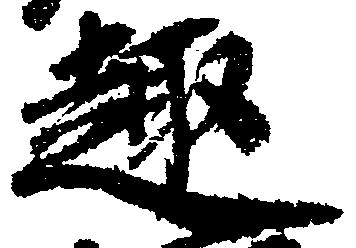
趣